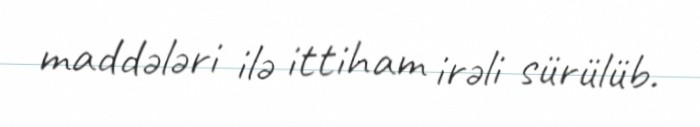
maddələri ilə ittiham irəli sürülüb.